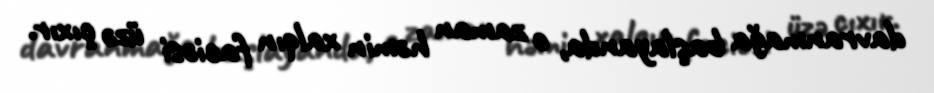
davranmağa başlayanda, o zaman həmin xalqın faciəsi üzə çıxır.